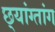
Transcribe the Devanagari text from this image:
छ्यांग्तांग